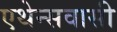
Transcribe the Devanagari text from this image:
एथेन्सवासी